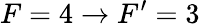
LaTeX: F=4\rightarrow F^{\prime}=3